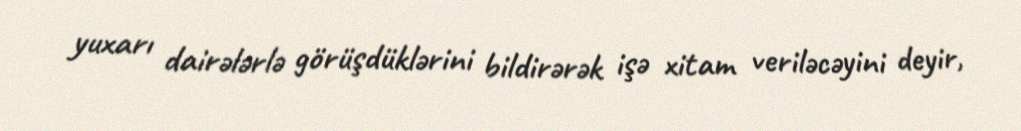
yuxarı dairələrlə görüşdüklərini bildirərək işə xitam veriləcəyini deyir,